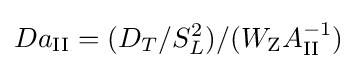
Da_{\mathrm {II} }=(D_{T}/S_{L}^{2})/(W_{\mathrm {Z} }A_{\mathrm {II} }^{-1})